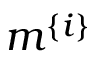
m ^ { \{ i \} }